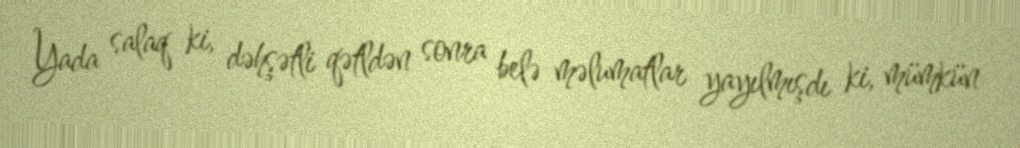
Yada salaq ki, dəhşətli qətldən sonra belə məlumatlar yayılmışdı ki, mümkün